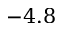
- 4 . 8